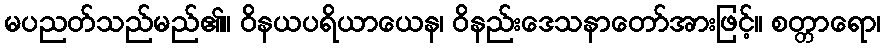
မပညတ်သည်မည်၏။ ဝိနယပရိယာယေန၊ ဝိနည်းဒေသနာတော်အားဖြင့်။ စတ္တာရော၊